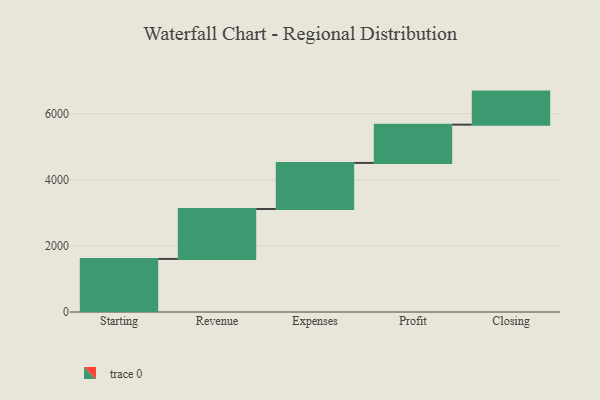
{"axis": {"x": "Step", "y": "Value"}, "legend": [""], "data": [{"x": "Starting", "y": 1606.0, "type": ""}, {"x": "Revenue", "y": 1511.0, "type": ""}, {"x": "Expenses", "y": 1394.0, "type": ""}, {"x": "Profit", "y": 1158.0, "type": ""}, {"x": "Closing", "y": 1000, "type": ""}]}